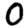
Digit: 0